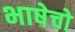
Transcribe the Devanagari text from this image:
भाषेचो